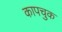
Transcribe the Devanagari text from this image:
कापचुक